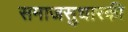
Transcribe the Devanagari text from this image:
समाजसुधारकी